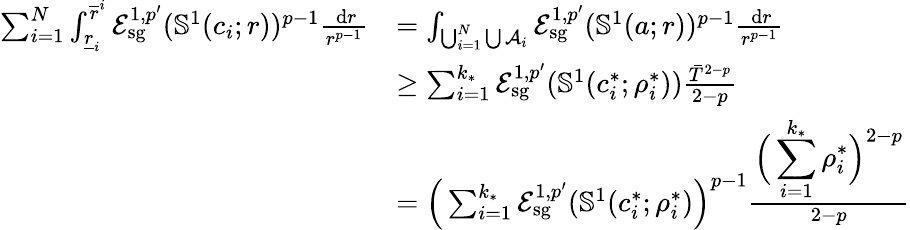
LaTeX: \begin{array}{rl}{\sum_{i=1}^{N}\int_{\underline{r}_{i}}^{\overline{r}^{i}}\mathcal E_{\mathrm{sg}}^{1,p^{\prime}}(\mathbb S^{1}(c_{i};r))^{p-1}\frac{\, \mathrm dr}{r^{p-1}}}&{=\int_{\bigcup_{i=1}^{N}\bigcup\mathcal A_{i}}\mathcal E_{\mathrm{sg}}^{1,p^{\prime}}(\mathbb S^{1}(a;r))^{p-1}\frac{\, \mathrm dr}{r^{p-1}}}\\ &{\geq\sum_{i=1}^{k_{*}}\mathcal E_{\mathrm{sg}}^{1,p^{\prime}}(\mathbb S^{1}(c_{i}^{*};\rho_{i}^{*}))\frac{{\bar{T}}^{2-p}}{2-p}}\\ &{=\Big(\sum_{i=1}^{k_{*}}\mathcal E_{\mathrm{sg}}^{1,p^{\prime}}(\mathbb S^{1}(c_{i}^{*};\rho_{i}^{*})\Big)^{p-1}\frac{\displaystyle\Big(\sum_{i=1}^{k_{*}}\rho_{i}^{*}\Big)^{2-p}}{2-p}}\end{array}